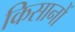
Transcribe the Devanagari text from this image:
किसानों